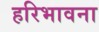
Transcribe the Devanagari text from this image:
हरिभावना